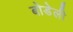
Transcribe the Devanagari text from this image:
बोडेली